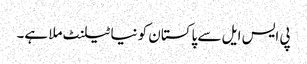
پی ایس ایل سے پاکستان کو نیا ٹیلنٹ ملا ہے۔